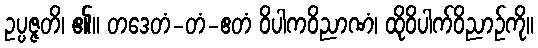
ဥပ္ပဇ္ဇတိ၊ ၏။ တဒေတံ-တံ-ဧတံ ဝိပါကဝိညာဏံ၊ ထိုဝိပါက်ဝိညာဉ်ကို။